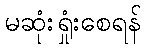
မဆုံးရှုံးစေရန်